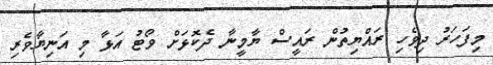
މިފަހަރު ދިވެހި ރައްޔިތުން ރައީސް ޔާމީނާ ދެކޮޅަށް ވޯޓު އަޅާ މި އަނިޔާވެރި